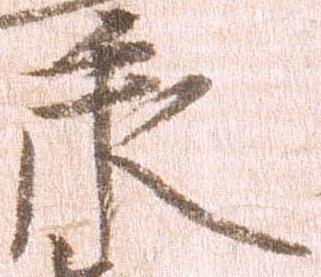
承